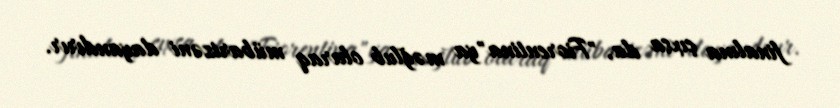
finalına çıxsa da, "Fiorentina"ya məğlub olaraq mübarizəni dayandırır.